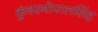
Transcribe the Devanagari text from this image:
कुंवरगोपालसिंह